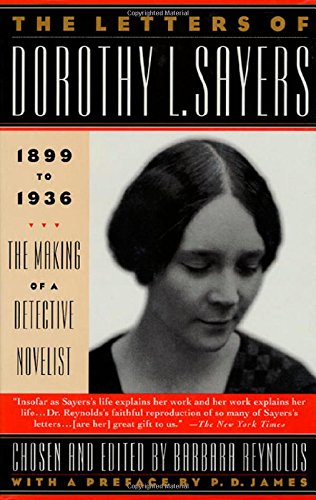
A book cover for The Letters of Dorothy L. Sayers: 1899-1936: The Making of a Detective Novelist; Dorothy L. Sayers; Mystery, Thriller & Suspense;